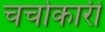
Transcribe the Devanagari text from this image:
चर्चाकारी